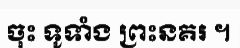
ចុះ ទូទាំង ព្រះនគរ ។